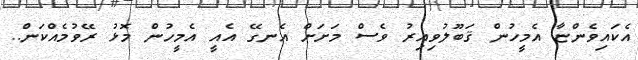
އެކައިވެންޏާ އެމީހުން ޤަބޫލުވިއިރު ވެސް މަށަށް އެނގޭ އެއީ އެމީހުން މޮޅު ރޭވުމެއްކަން..